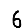
Digit: 6